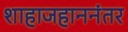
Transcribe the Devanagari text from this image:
शाहाजहाननंतर